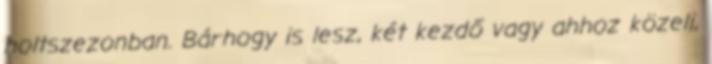
holtszezonban. Bárhogy is lesz, két kezdő vagy ahhoz közeli,